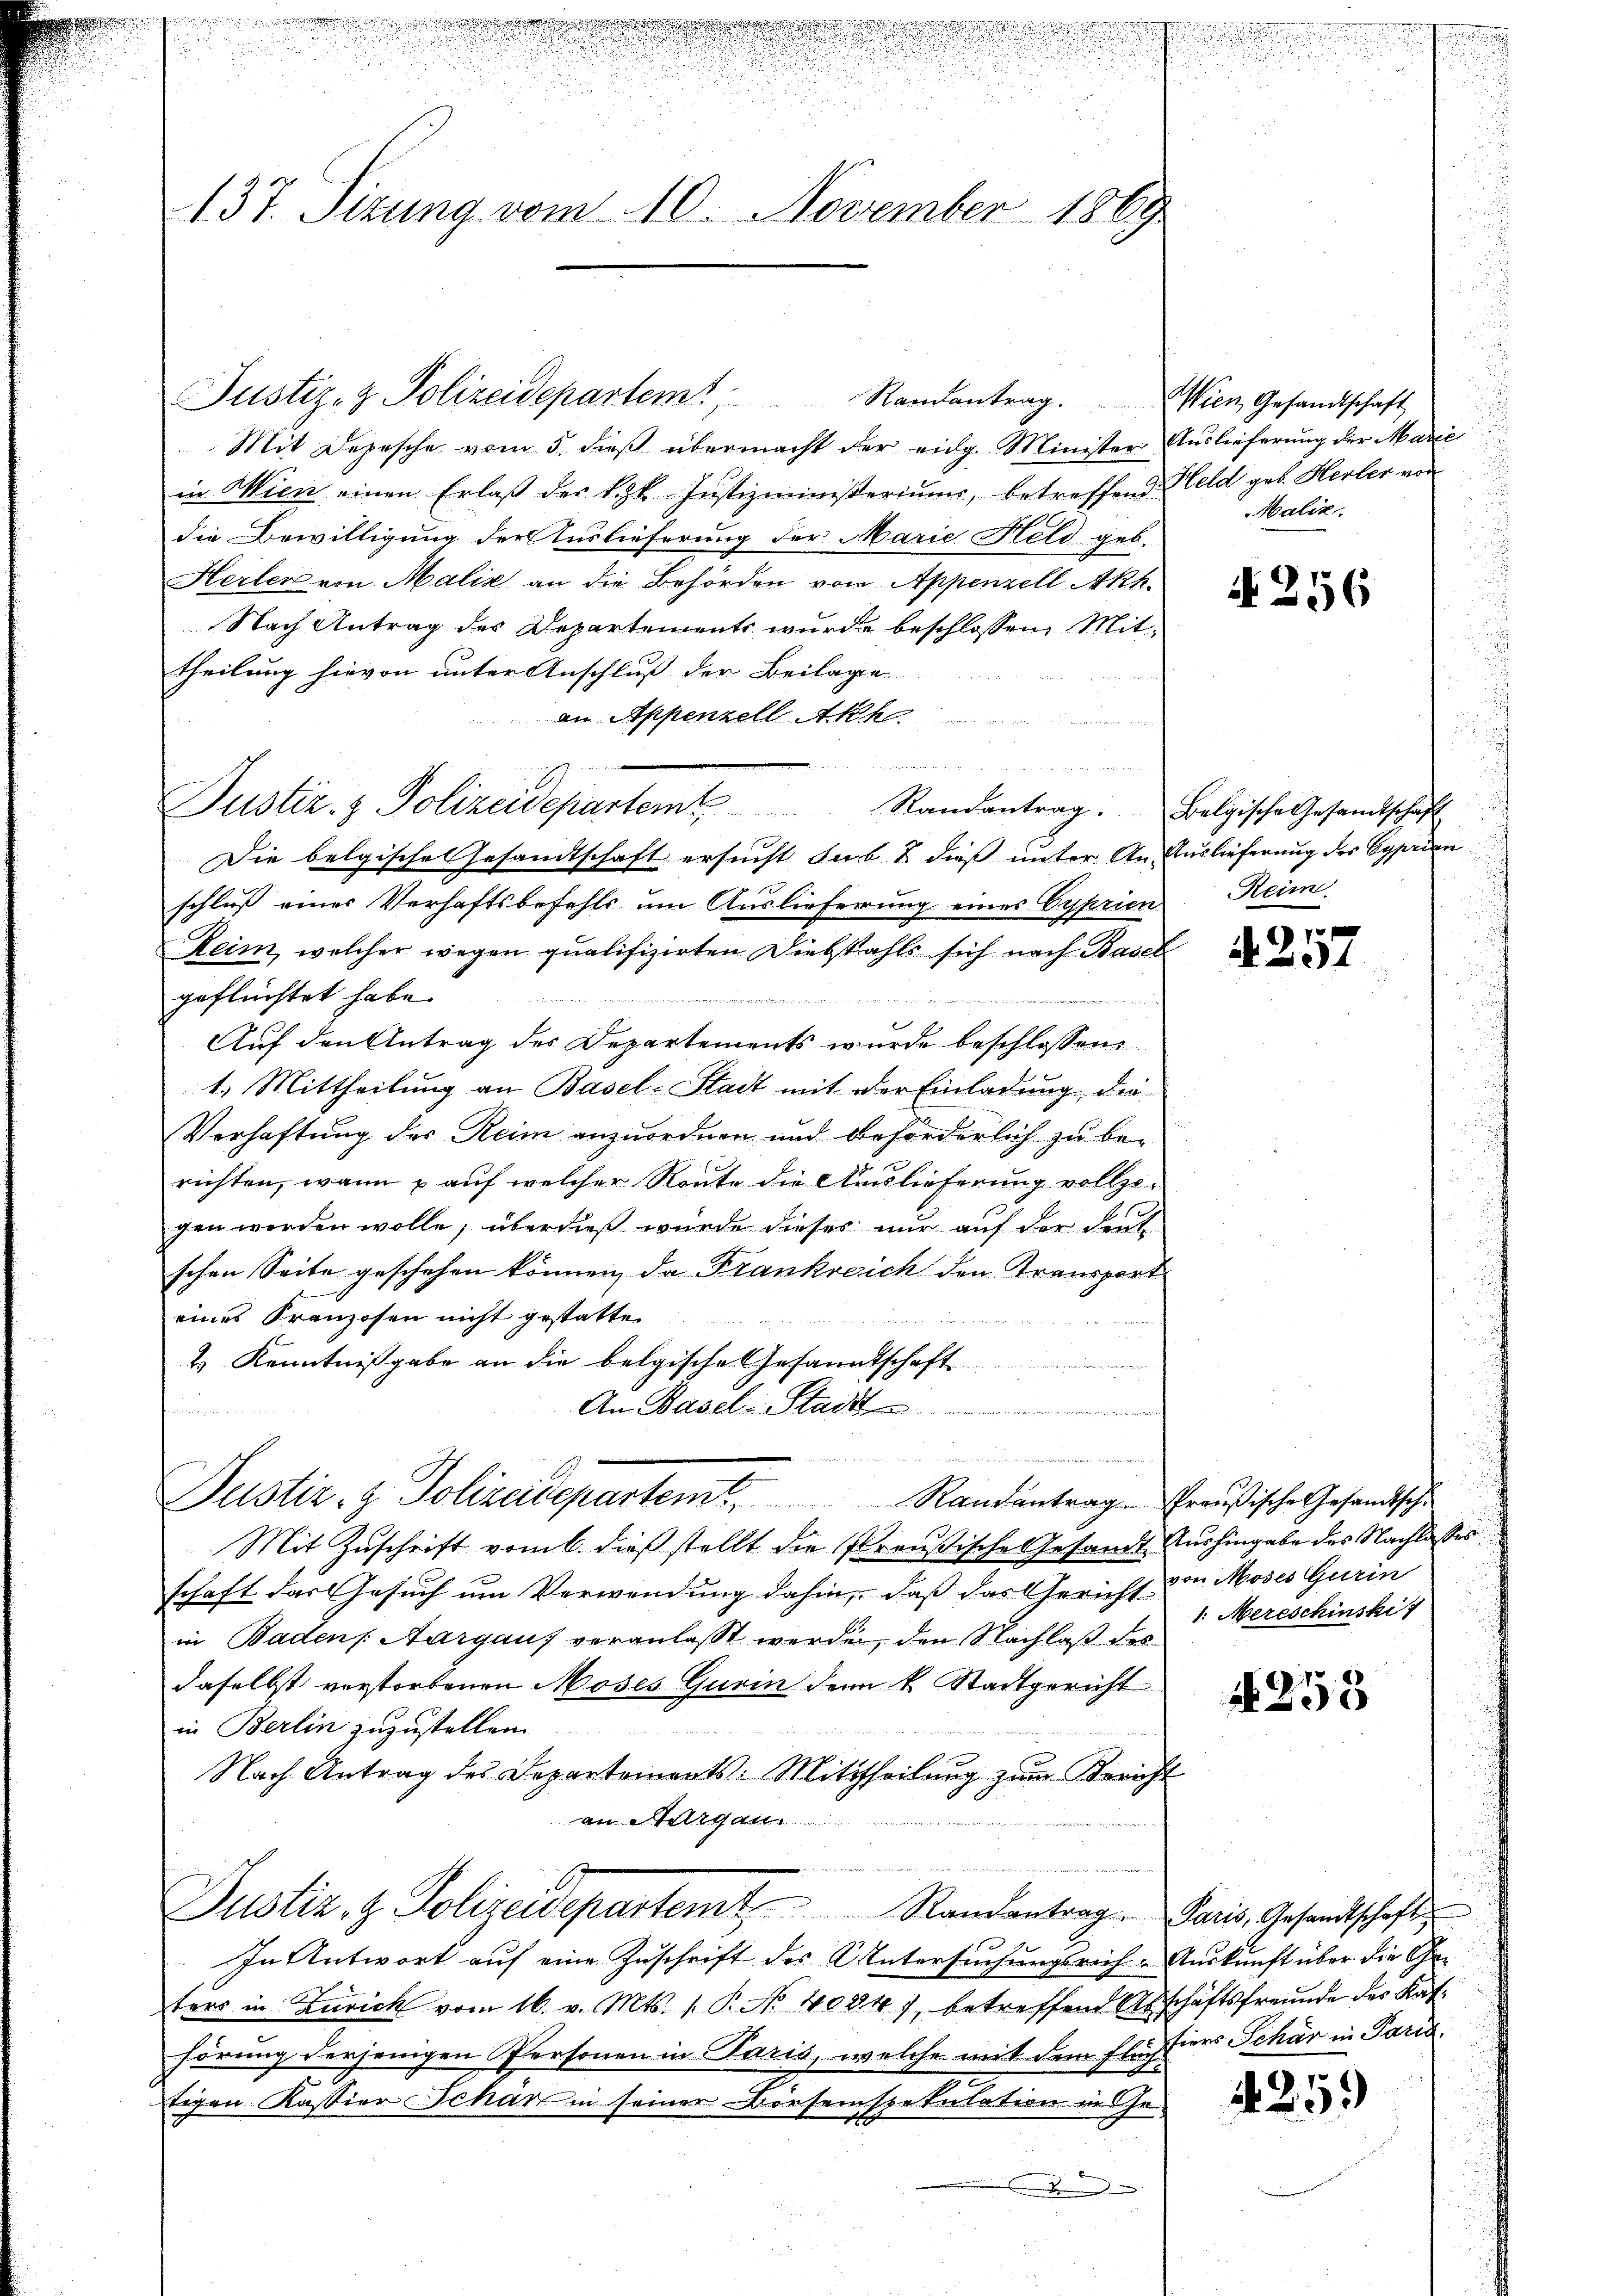
wesen we
s

137. Sizung vom 10. November 1869

Mit Depesche vom 5. dieß übermacht der eidg. Minister Auslieferung der Marie
in Wien einen Erlaß des k.k. Justizministeriums, betreffend Feld geb. Herber von
die Bewilligung der Auslieferung der Marie Held geb.
Herler von Malis an die Behörden vom Appenzell Akk.
Nach Antrag des Departements wurde beschlossen, Mittheilung hievon unter Anschluß der Beilage
an Appenzell Ak

u
1
s
Die belgische Gesandtschaft ersucht sub. & dieß unter An Auslieferung des Opprien
schluß einer Verhaftsbefehls um Auslieferung eines Cyprien
Reim, welcher wegen qualifizirten Diebstahls sich nach Basel
geflüchtet habe.

Auf den Antrag des Departements wurde beschlossen:
1.) Mittheilung an Basel-Stadt mit der Einladung die
Verhaftung des Reim anzuordnen und beforderlich zu berichten, wann auf welcher Reute die Auslieferung vollzigen werden wolle; überdieß wurde dieses nur auf der deute
schen Seite geschehen können, da Frankreich den Transport
eines Franzosen nicht gestatten
& Kenntnißgabe an die belgische Gesandtschaft
An Basel-Stadt
i
Fennen
Justiz- & Polizeidepartemt Randantrag Preußische Gesandtsche
Mit Zuschrift vom 6. dieß stellt die Preußische Gesandt Aushingabe des Nachlasses
schaft das Gesuch um Verwendung dahin, daß das Gericht von Moses Gurin
in Badens Aargaus veranlasst werden, den Nachlaß des
daselbst verstorbenen Moses Gurin denn k. Stadtgericht
in Berlin zuzustellen.
Nach Antrag des Departements: Mittheilung zum Bericht
an Aargau.
Justiz- & Polizeidepartemt Randantrag. Paris, Gesandtschaft
§ 7
In Antwort auf eine Zuschrift des Untersuchungsrich-Auskunft über die Geters in Zürich vom 16. v. Mts. 1. P. No 4084), betreffend Abschäftsfreunde der Kathörung derjenigen Personen in Paris, welche mit dem Flächtigen Kassier Schar in seiner Dorseinspekulation in Ge-
.

Justiz- & Polizeidepartemt
Randantrag. Wien Gesandtschaft

Justiz- & Polizeidepartem Randantrag. Belgische Gesandtschaft

.
.
3
n

Maliz.

N. 256

Reim

1
34

1. Mereschinski

A 253

tiers Schär in Paris.

425.